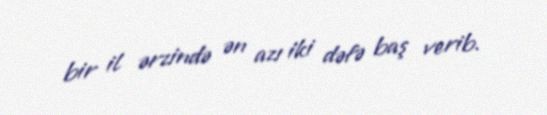
bir il ərzində ən azı iki dəfə baş verib.